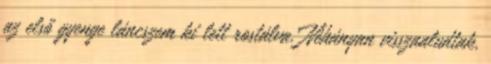
az első gyenge láncszem ki lett rostálva. Néhányan visszaaludtak,